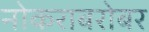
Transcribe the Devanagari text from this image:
नोकराबरोबर